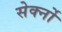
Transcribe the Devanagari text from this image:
सेर्क्नो